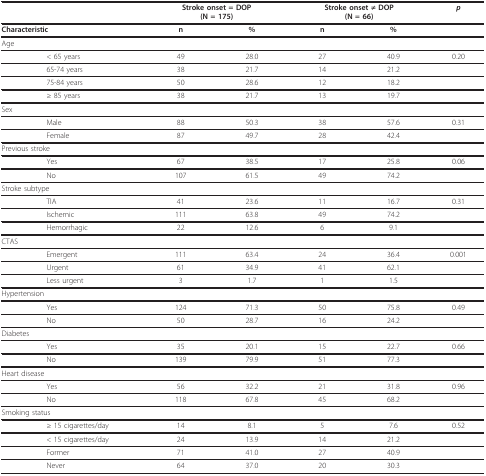
|  | <COLSPAN=2> Stroke onset = DOP(N = 175) | <COLSPAN=2> Stroke onset ≠ DOP(N = 66) | p |
 | --- | --- | --- | --- | --- | --- |
 | Characteristic | n | % | n | % |  |
 | Age |  |  |  |  |  |
 | < 65 years | 49 | 28.0 | 27 | 40.9 | 0.20 |
 | 65-74 years | 38 | 21.7 | 14 | 21.2 |  |
 | 75-84 years | 50 | 28.6 | 12 | 18.2 |  |
 | ≥ 85 years | 38 | 21.7 | 13 | 19.7 |  |
 | Sex |  |  |  |  |  |
 | Male | 88 | 50.3 | 38 | 57.6 | 0.31 |
 | Female | 87 | 49.7 | 28 | 42.4 |  |
 | Previous stroke |  |  |  |  |  |
 | Yes | 67 | 38.5 | 17 | 25.8 | 0.06 |
 | No | 107 | 61.5 | 49 | 74.2 |  |
 | Stroke subtype |  |  |  |  |  |
 | TIA | 41 | 23.6 | 11 | 16.7 | 0.31 |
 | Ischemic | 111 | 63.8 | 49 | 74.2 |  |
 | Hemorrhagic | 22 | 12.6 | 6 | 9.1 |  |
 | CTAS |  |  |  |  |  |
 | Emergent | 111 | 63.4 | 24 | 36.4 | 0.001 |
 | Urgent | 61 | 34.9 | 41 | 62.1 |  |
 | Less urgent | 3 | 1.7 | 1 | 1.5 |  |
 | Hypertension |  |  |  |  |  |
 | Yes | 124 | 71.3 | 50 | 75.8 | 0.49 |
 | No | 50 | 28.7 | 16 | 24.2 |  |
 | Diabetes |  |  |  |  |  |
 | Yes | 35 | 20.1 | 15 | 22.7 | 0.66 |
 | No | 139 | 79.9 | 51 | 77.3 |  |
 | Heart disease |  |  |  |  |  |
 | Yes | 56 | 32.2 | 21 | 31.8 | 0.96 |
 | No | 118 | 67.8 | 45 | 68.2 |  |
 | Smoking status |  |  |  |  |  |
 | ≥ 15 cigarettes/day | 14 | 8.1 | 5 | 7.6 | 0.52 |
 | < 15 cigarettes/day | 24 | 13.9 | 14 | 21.2 |  |
 | Former | 71 | 41.0 | 27 | 40.9 |  |
 | Never | 64 | 37.0 | 20 | 30.3 |  |